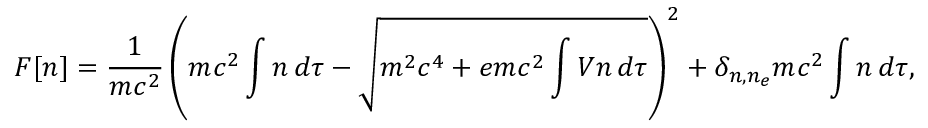
F [ n ] = { \frac { 1 } { m c ^ { 2 } } } \left( m c ^ { 2 } \int n \, d \tau - { \sqrt { m ^ { 2 } c ^ { 4 } + e m c ^ { 2 } \int V n \, d \tau } } \right) ^ { 2 } + \delta _ { n , n _ { e } } m c ^ { 2 } \int n \, d \tau ,